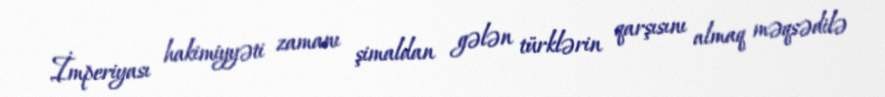
İmperiyası hakimiyyəti zamanı şimaldan gələn türklərin qarşısını almaq məqsədilə